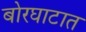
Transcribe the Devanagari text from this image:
बोरघाटात